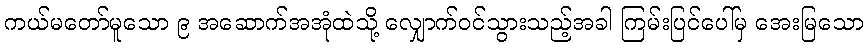
ကယ်မတော်မူသော ၉ အဆောက်အအုံထဲသို့ လျှောက်ဝင်သွားသည့်အခါ ကြမ်းပြင်ပေါ်မှ အေးမြသော